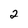
Character: 2